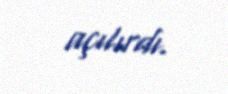
açılırdı.